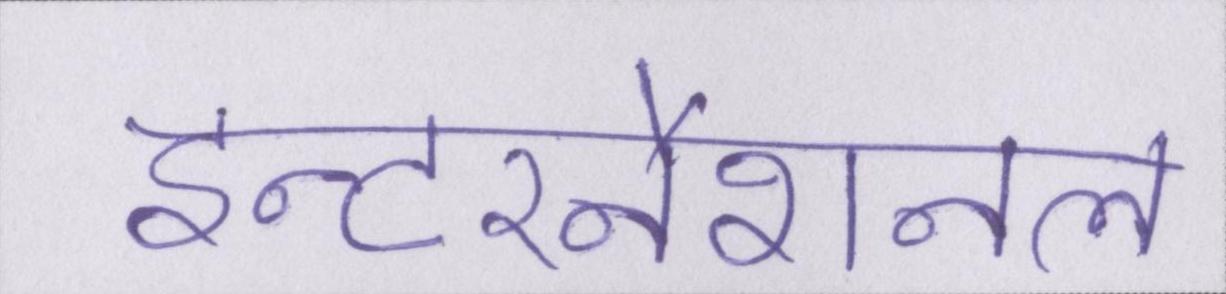
इन्टरनैशनल